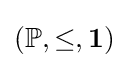
(\mathbb {P} ,\leq ,\mathbf {1} )